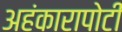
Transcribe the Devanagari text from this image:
अहंकारापोटी